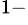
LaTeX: ^{1-}